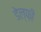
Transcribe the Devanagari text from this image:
डेल्फ़ी